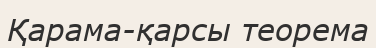
Қарама-қарсы теорема